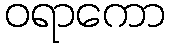
ဝရာကော